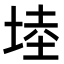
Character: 𭎩